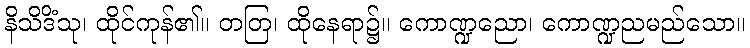
နိသိဒိံသု၊ ထိုင်ကုန်၏။ တတြ၊ ထိုနေရာ၌။ ကောဏ္ဍညော၊ ကောဏ္ဍညမည်သော။